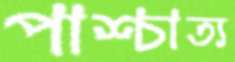
পাশ্চাত্য